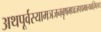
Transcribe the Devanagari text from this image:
अथपूर्वस्यामञजनबृषभध्वजपद्ममाल्यवद्गिरयः।